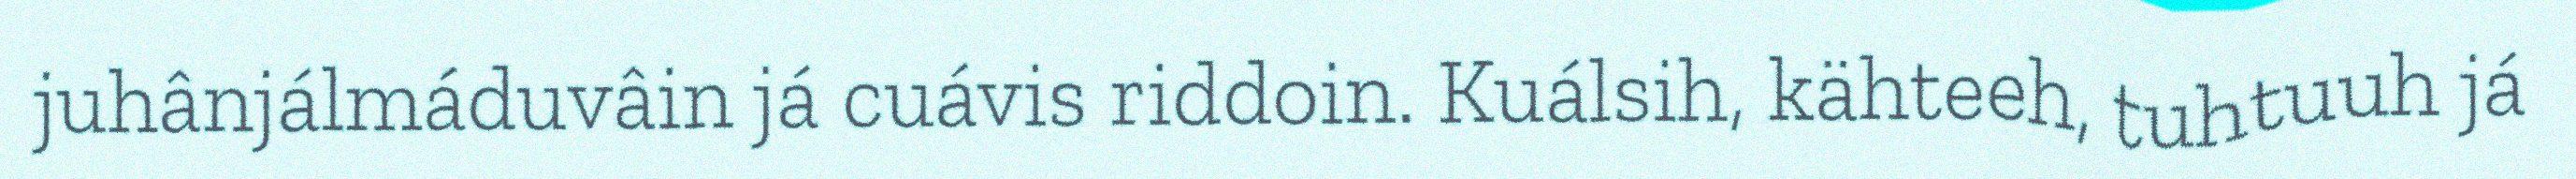
juhânjálmáduvâin já cuávis riddoin. Kuálsih, kähteeh, tuhtuuh já